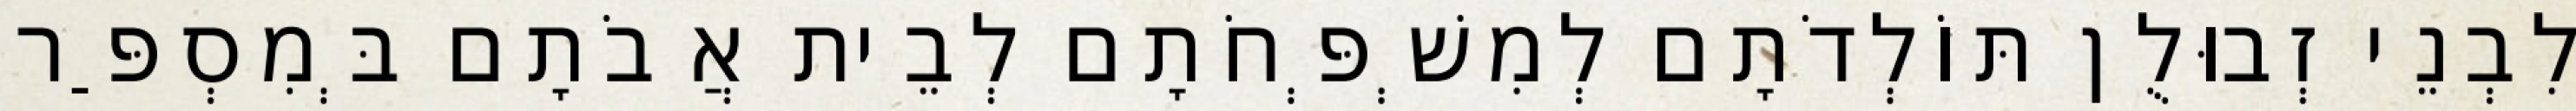
לִבְנֵי זְבוּלֻן תּוֹלְדֹתָם לְמִשְׁפְּחֹתָם לְבֵית אֲבֹתָם בְּמִסְפַּר